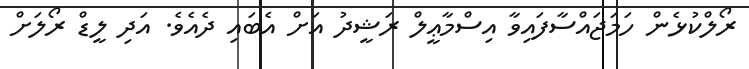
ރޯލްކުޅެން ހަމަޖައްސާފައިވާ އިސްމާޢީލް ރަޝީދު އަށް އެބައި ދެއެވެ. އަދި ލީޑް ރޯލަށް